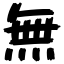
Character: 無